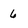
Character: 6